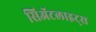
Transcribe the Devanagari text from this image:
सिॲटलाइट्स